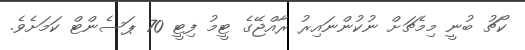
ކޯޗު ބުނީ މިމެޗަށް ނުކުންނައިރު ރާއްޖޭގެ ޓީމު ފިޓީ 70 ޕަސެންޓް ކަމަށެވެ.